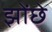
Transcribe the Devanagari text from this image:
झोंछे